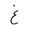
Letter: _gayn